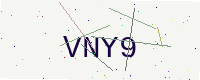
Text: VNY9